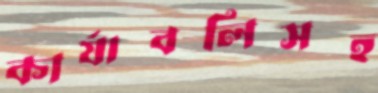
কার্যাবলিসহ